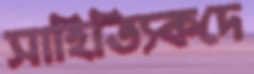
সাহিত্যিকদে